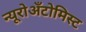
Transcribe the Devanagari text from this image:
न्यूरोअँटोमिस्ट